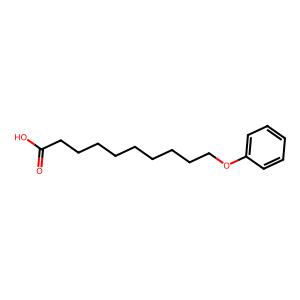
SMILES: O=C(O)CCCCCCCCCOc1ccccc1
Inhibits HIV replication: No